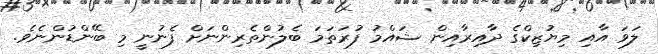
ލަވަ އާއި މިޔުޒިކްގެ ދާއިރާއިން ޝައްމު ފުރަތަމަ ބެލުންތެރިންނަށް ފެނުނީ މި ބޭންޑުންނެވެ.